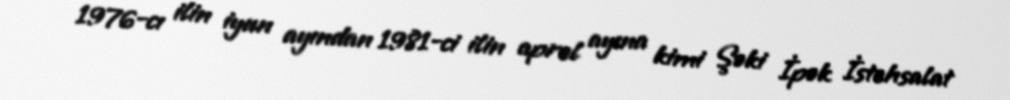
1976-cı ilin iyun ayından 1981-ci ilin aprel ayına kimi Şəki İpək İstehsalat